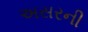
અસરની